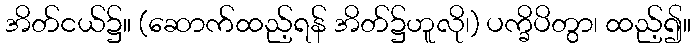
အိတ်ငယ်၌။ (ဆောက်ထည့်ရန် အိတ်၌ဟူလို၊) ပက္ခိပိတွာ၊ ထည့်၍။